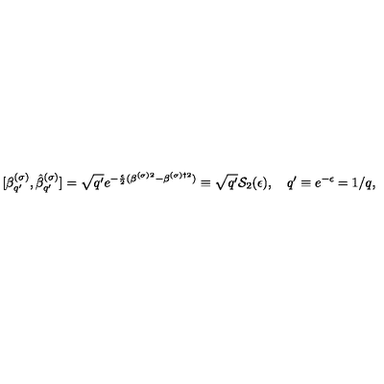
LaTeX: [ \beta _ { q ^ { \prime } } ^ { ( \sigma ) } , \hat { \beta } _ { q ^ { \prime } } ^ { ( \sigma ) } ] = \sqrt { q ^ { \prime } } e ^ { - \frac { \epsilon } { 2 } ( \beta ^ { ( \sigma ) 2 } - \beta ^ { ( \sigma ) \dagger 2 } ) } \equiv \sqrt { q ^ { \prime } } { \cal S } _ { 2 } ( \epsilon ) , \quad q ^ { \prime } \equiv e ^ { - \epsilon } = 1 / q { , }